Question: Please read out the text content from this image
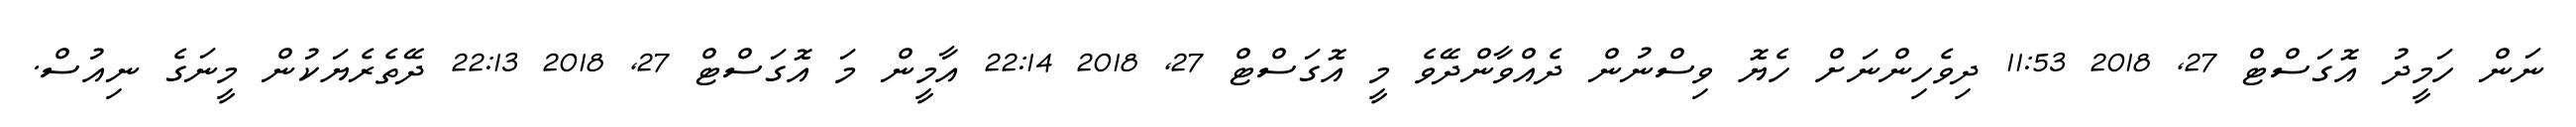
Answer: ނަން ހަމީދު އޮގަސްޓް 27, 2018 11:53 ދިވެހިންނަށް ހެޔޮ ވިސްނުން ދެއްވާންދޭވެ މީ އޮގަސްޓް 27, 2018 22:14 އާމީން މަ އޮގަސްޓް 27, 2018 22:13 ދޭތެރެޔަކުން މީނަގެ ނިއުސް.